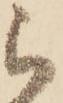
ら